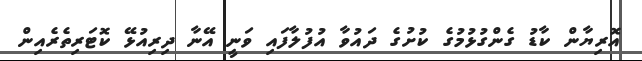
އޮރިޔާން ކާޑު ގެންގުޅުމުގެ ކުށުގެ ދައުވާ އުފުލާފައި ވަނީ އޭނާ ދިރިއުޅޭ ކޮޓަރިތެރެއިން